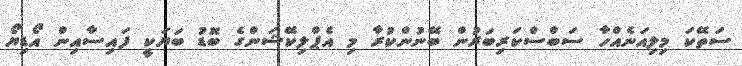
ސަތޭކަ މިލިއަނެއްހާ ސަބްސްކަރިބަރުން ބޭނުންކުރާ މި އެޕްލިކޭޝަންގެ ބޮޑު ބަޔަކީ ފައިސާއިން އޯޑިޔޯ